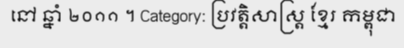
នៅ ឆ្នាំ ២០១១ ។ Category: ប្រវត្តិសាស្ត្រ ខ្មែរ កម្ពុជា